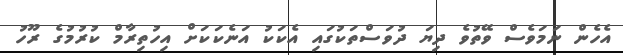
އެހެން ނަމަވެސް ވޭތުވެ ދިޔަ ދުވަސްތަކުގައި އެކަކު އަނެކަކަށް އިހުތިރާމް ކުރުމުގެެ ރޫހު